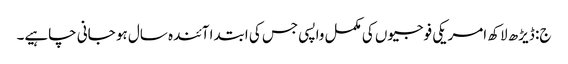
ج: ڈیڑھ لاکھ امریکی فوجیوں کی مکمل واپسی جس کی ابتدا آئندہ سال ہو جانی چاہیے۔